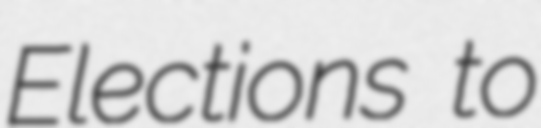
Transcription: Elections to